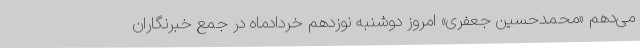
می‌دهم «محمدحسین جعفری» امروز دوشنبه نوزدهم خردادماه در جمع خبرنگاران